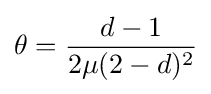
\theta ={\frac {d-1}{2\mu (2-d)^{2}}}